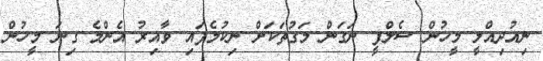
ނިއުދިއްލީ މީހުން ސެލްފީ ނަގަން މަގުތަކަށް ނިކުމެފައި ވާއިރު އެންމެ ގިނަ މީހުން